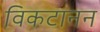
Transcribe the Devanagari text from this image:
विकटानन